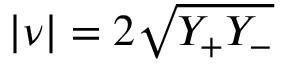
| \nu | = 2 \sqrt { Y _ { + } Y _ { - } }